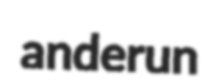
anderun